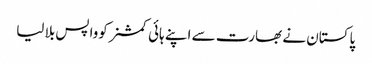
پاکستان نے بھارت سے اپنے ہائی کمشنر کوواپس بلا لیا